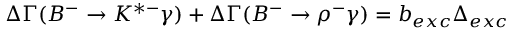
\Delta \Gamma ( B ^ { - } \to K ^ { * - } \gamma ) + \Delta \Gamma ( B ^ { - } \to \rho ^ { - } \gamma ) = b _ { e x c } \Delta _ { e x c }